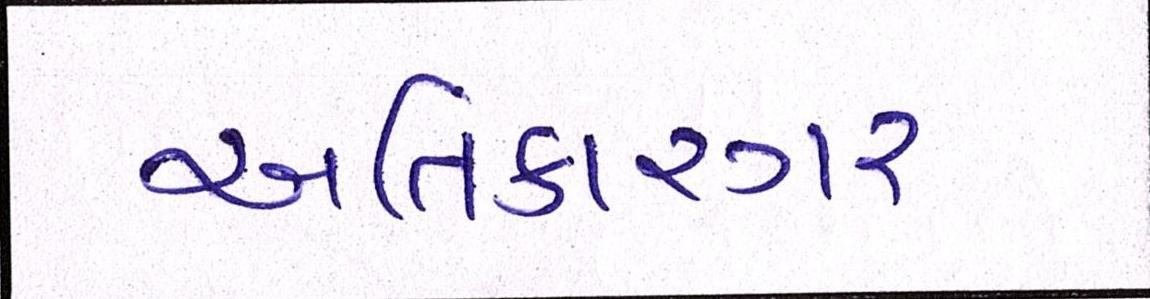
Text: અતિકારગર